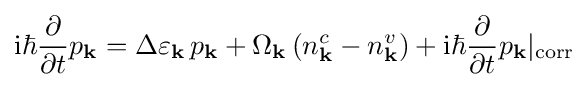
\mathrm {i} \hbar {\frac {\partial }{\partial t}}p_{\mathbf {k} }=\Delta \varepsilon _{\mathbf {k} }\,p_{\mathbf {k} }+\Omega _{\mathbf {k} }\,(n_{\mathbf {k} }^{c}-n_{\mathbf {k} }^{v})+\mathrm {i} \hbar {\frac {\partial }{\partial t}}p_{\mathbf {k} }|_{\text{corr}}